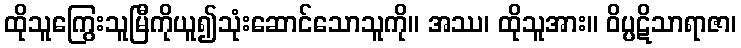
ထိုသူကြွေးသူမြီကိုယူ၍သုံးဆောင်သောသူကို။ အဿ၊ ထိုသူအား။ ဝိပ္ပဋိသာရာဇာ၊